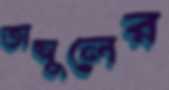
তাম্বুলের